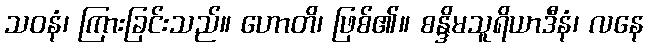
သဝနံ၊ ကြားခြင်းသည်။ ဟောတိ၊ ဖြစ်၏။ စန္ဒိမသူရိယာဒီနံ၊ လနေ